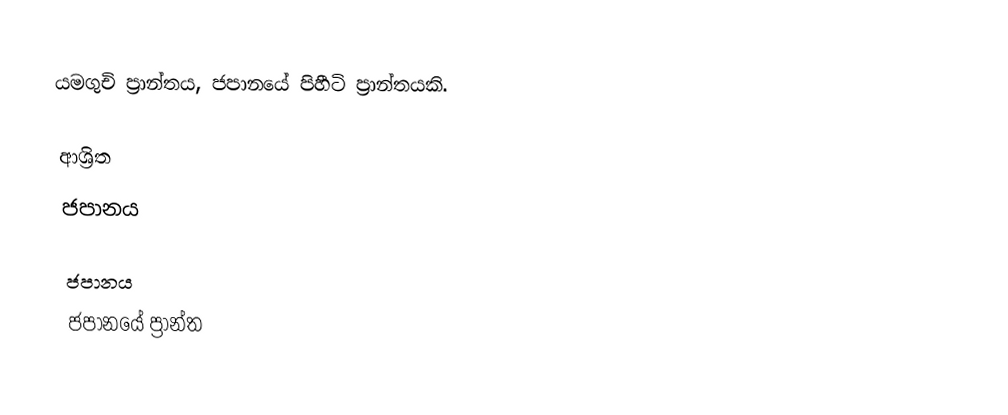
යමගුචි ප්‍රාන්තය, ජපානයේ පිහීටි ප්‍රාන්තයකි.

ආශ්‍රිත
 ජපානය

ජපානය
ජපානයේ ප්‍රාන්ත